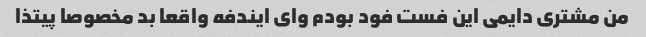
من مشتری دایمی این فست فود بودم وای ایندفه واقعا بد مخصوصا پیتذا